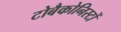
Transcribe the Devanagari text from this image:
टोबैकोनिस्टों